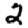
Digit: 2